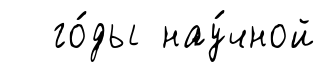
го́ды нау́чной